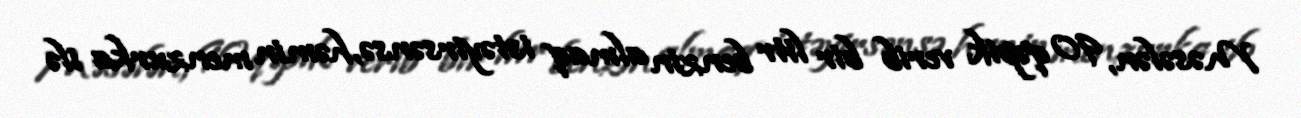
Məsələn, 90 qəpik verib bir litr benzin almaq istəyirsənsə, həmin menzurka ilə